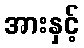
အားနှင့်